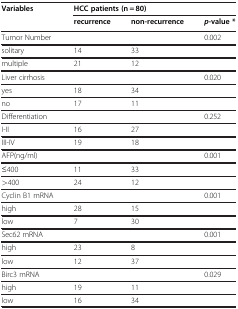
<table><thead><tr><td><b>Variables</b></td><td colspan="3"><b>HCC patients (n = 80)</b></td></tr><tr><td><b> </b></td><td><b>recurrence</b></td><td><b>non-recurrence</b></td><td><b><i>p</i>-value *</b></td></tr></thead><tbody><tr><td>Tumor Number</td><td> </td><td> </td><td>0.002</td></tr><tr><td>solitary</td><td>14</td><td>33</td><td> </td></tr><tr><td>multiple</td><td>21</td><td>12</td><td> </td></tr><tr><td>Liver cirrhosis</td><td> </td><td> </td><td>0.020</td></tr><tr><td>yes</td><td>18</td><td>34</td><td> </td></tr><tr><td>no</td><td>17</td><td>11</td><td> </td></tr><tr><td>Differentiation</td><td> </td><td> </td><td>0.252</td></tr><tr><td>I-II</td><td>16</td><td>27</td><td> </td></tr><tr><td>III-IV</td><td>19</td><td>18</td><td> </td></tr><tr><td>AFP(ng/ml)</td><td> </td><td> </td><td>0.001</td></tr><tr><td>≤400</td><td>11</td><td>33</td><td> </td></tr><tr><td>&gt;400</td><td>24</td><td>12</td><td> </td></tr><tr><td>Cyclin B1 mRNA</td><td> </td><td> </td><td>0.001</td></tr><tr><td>high</td><td>28</td><td>15</td><td> </td></tr><tr><td>low</td><td>7</td><td>30</td><td> </td></tr><tr><td>Sec62 mRNA</td><td> </td><td> </td><td>0.001</td></tr><tr><td>high</td><td>23</td><td>8</td><td> </td></tr><tr><td>low</td><td>12</td><td>37</td><td> </td></tr><tr><td>Birc3 mRNA</td><td> </td><td> </td><td>0.029</td></tr><tr><td>high</td><td>19</td><td>11</td><td> </td></tr><tr><td>low</td><td>16</td><td>34</td><td> </td></tr></tbody></table>